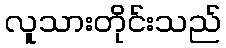
လူသားတိုင်းသည်